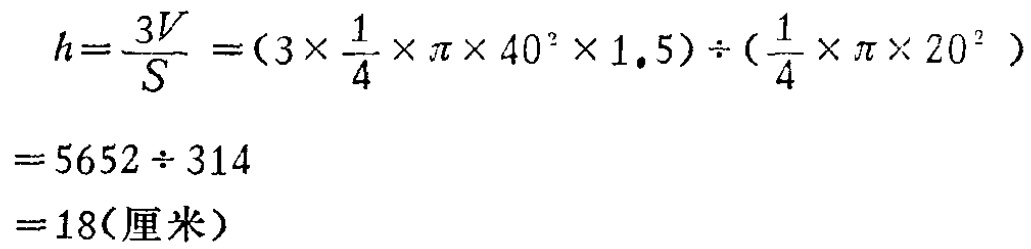
\[

\begin{align*}

h&=\frac{3V}{S}=(3\times\frac{1}{4}\times\pi\times40^{2}\times1.5)\div(\frac{1}{4}\times\pi\times20^{2})\\

&=5652\div314\\

&=18(\text{厘米})

\end{align*}

\]